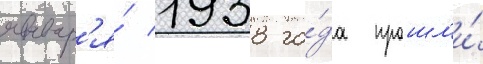
январ'я́ 1938 го́да прошл'и́